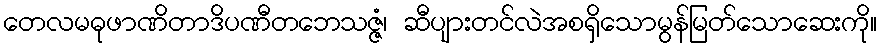
တေလမဓုဖာဏိတာဒိပဏီတဘေသဇ္ဇံ၊ ဆီပျားတင်လဲအစရှိသောမွန်မြတ်သောဆေးကို။